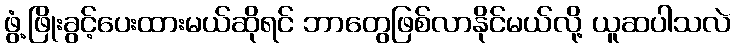
ဖွံ့ဖြိုးခွင့်ပေးထားမယ်ဆိုရင် ဘာတွေဖြစ်လာနိုင်မယ်လို့ ယူဆပါသလဲ